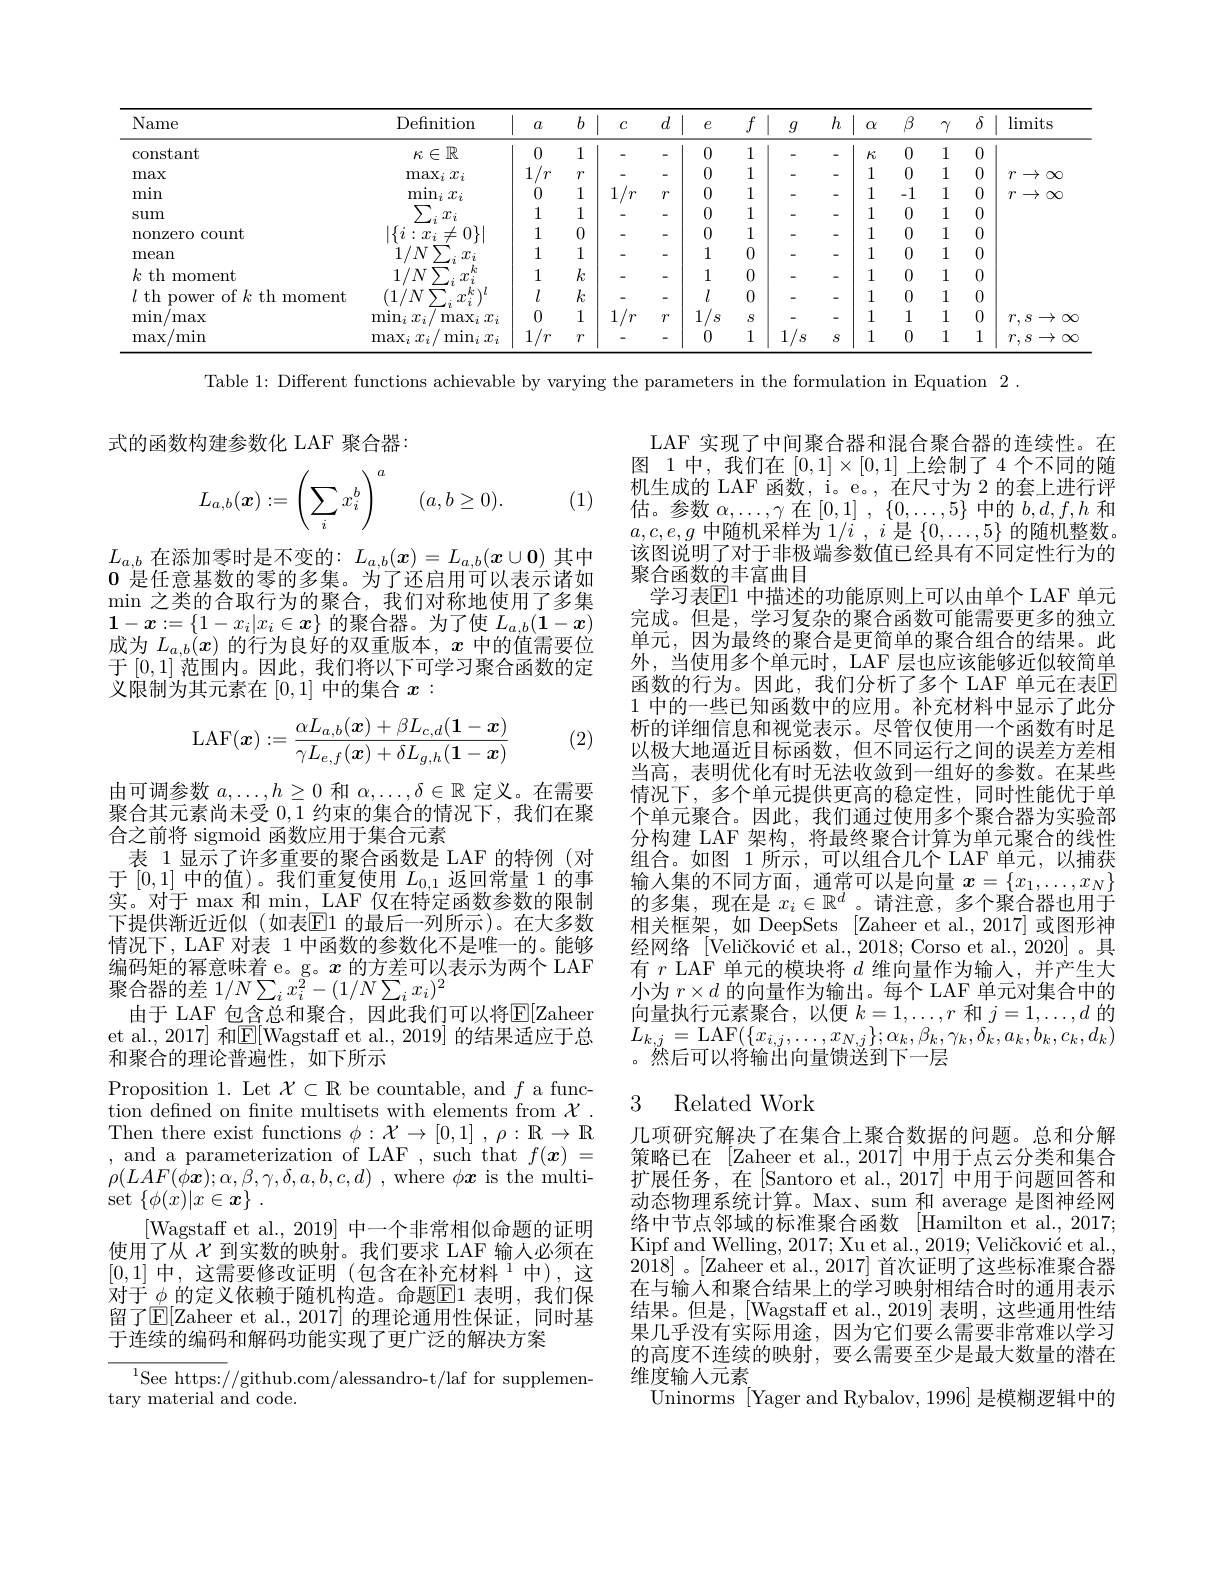
<table>
	<tbody>
		<tr>
			<th>Name</th>
			<th>Definition</th>
			<th>1 $a$</th>
			<th>$b$ 1</th>
			<th>$C$</th>
			<th>$d$ 1</th>
			<th>$e$</th>
			<th>$f$ 1</th>
			<th>1 $g$</th>
			<th>$g$</th>
			<th>$h$</th>
			<th>1 $\alpha$</th>
			<th>$\beta$</th>
			<th>$\gamma$</th>
			<th>$\delta$</th>
			<th>$\lim$ts</th>
		</tr>
		<tr>
			<td>constant</td>
			<td>$\kappa\in\mathbb{R}$</td>
			<td>0</td>
			<td>1 1</td>
			<td> </td>
			<td>1 </td>
			<td>0</td>
			<td>1 1</td>
			<td>1</td>
			<td> </td>
			<td>-</td>
			<td>1 $Ki$</td>
			<td>0</td>
			<td>1</td>
			<td>0</td>
			<td> </td>
		</tr>
		<tr>
			<td>max</td>
			<td>$\max_{i}x_{i}$</td>
			<td>1 $r$</td>
			<td>$\gamma$</td>
			<td>-</td>
			<td>-</td>
			<td>0</td>
			<td>1</td>
			<td>-</td>
			<td>-</td>
			<td>-</td>
			<td>1</td>
			<td>0</td>
			<td>1</td>
			<td>0</td>
			<td>$T^{*}$ $\rightarrow$ $\infty$ </td>
		</tr>
		<tr>
			<td>min</td>
			<td>$\operatorname*{min}_ix_i$</td>
			<td>0</td>
			<td>1</td>
			<td>1 $r$</td>
			<td>$\mathcal{T}$</td>
			<td>0</td>
			<td>1</td>
			<td>-</td>
			<td>-</td>
			<td>-</td>
			<td>1</td>
			<td>1 </td>
			<td>1</td>
			<td>0</td>
			<td>$T^{*}$ $\rightarrow$ $\infty$ </td>
		</tr>
		<tr>
			<td>sum</td>
			<td>$\sum$ $x_i$</td>
			<td>1</td>
			<td>1</td>
			<td> </td>
			<td>-</td>
			<td>0</td>
			<td>1</td>
			<td> </td>
			<td> </td>
			<td>-</td>
			<td>1</td>
			<td>0</td>
			<td>1</td>
			<td>0</td>
			<td> </td>
		</tr>
		<tr>
			<td>nonzero count</td>
			<td>$\{i:x_{i}$ $\neq$ $:0\}$</td>
			<td>1</td>
			<td>0</td>
			<td> </td>
			<td>-</td>
			<td>0</td>
			<td>1</td>
			<td>-</td>
			<td> </td>
			<td>-</td>
			<td>1</td>
			<td>0</td>
			<td>1</td>
			<td>0</td>
			<td> </td>
		</tr>
		<tr>
			<td>mean</td>
			<td>$1/N$</td>
			<td>1</td>
			<td>1</td>
			<td> </td>
			<td></td>
			<td>1</td>
			<td>0</td>
			<td>-</td>
			<td> </td>
			<td>-</td>
			<td>1</td>
			<td>0</td>
			<td>1</td>
			<td>0</td>
			<td> </td>
		</tr>
		<tr>
			<td>$k$th $\therefore\angle AB=\angle AB=\angle AB=\angle AB$ moment</td>
			<td>$1/N$</td>
			<td>1</td>
			<td>$k$</td>
			<td> </td>
			<td>-</td>
			<td>1</td>
			<td>0</td>
			<td>-</td>
			<td> </td>
			<td>-</td>
			<td>1</td>
			<td>0</td>
			<td>1</td>
			<td>0</td>
			<td> </td>
		</tr>
		<tr>
			<td>$l$th 11 DOWer of $k$ th 1 moment</td>
			<td>1</td>
			<td>$l$</td>
			<td>$k$</td>
			<td> </td>
			<td>-</td>
			<td>$l$</td>
			<td>0</td>
			<td>-</td>
			<td> </td>
			<td>-</td>
			<td>1</td>
			<td>0</td>
			<td>1</td>
			<td>0</td>
			<td> </td>
		</tr>
		<tr>
			<td>$\operatorname*{min/max}$</td>
			<td>$\operatorname*{min}_{i}x_{i}$ $\max_{i}x_{i}$</td>
			<td>0</td>
			<td>1</td>
			<td>1 $r$</td>
			<td>$\mathcal{T}$</td>
			<td>1 $S$</td>
			<td>$S$</td>
			<td>-</td>
			<td>-</td>
			<td>-</td>
			<td>1</td>
			<td>1</td>
			<td>1</td>
			<td>0</td>
			<td>$T^{*}$ $,S$ $\rightarrow$ </td>
		</tr>
		<tr>
			<td>$^{/}$min max</td>
			<td>$\max_{i}x_{i}$ $\operatorname*{min}_{i}x_{i}$</td>
			<td>1 $r$</td>
			<td>$\mathcal{T}$</td>
			<td> </td>
			<td>-</td>
			<td>0</td>
			<td>1</td>
			<td>1 $S$</td>
			<td>1 $S$ </td>
			<td>$S$</td>
			<td>1</td>
			<td>0</td>
			<td>1</td>
			<td>1</td>
			<td>$\mathcal{T}$, $\therefore S$ $\rightarrow$ $\mathbf{X}$</td>
		</tr>
	</tbody>
</table>

Table 1: Different functions achievable by varying the parameters in the formulation in Equation 2.

式的函数构建参数化 LAF 聚合器：
$$L_{a,b}(\boldsymbol{x}):=\left(\sum_ix_i^b\right)^a\quad(a,b\ge0).$$
(1)

$L_{a,b}$在添加零时是不变的：$L_a,b(\boldsymbol{x})=L_{a,b}(\boldsymbol{x}\cup\boldsymbol{0})$其中0是任意基数的零的多集。为了还启用可以表示诸如$\min$之类的合取行为的聚合，我们对称地使用了多集$1-x:=\{1-x_i|x_i\in\boldsymbol{x}\}$的聚合器。为了使$L_a,b(\mathbf{1}-\boldsymbol{x})$ 成为$L_{a,b}(\boldsymbol{x})$的行为良好的双重版本，$x$中的值需要位于[0,1]范围内。因此，我们将以下可学习聚合函数的定义限制为其元素在[0,1] 中的集合 $x:$

(2)
$$\mathrm{LAF}(\boldsymbol{x}):=\frac{\alpha L_{a,b}(\boldsymbol{x})+\beta L_{c,d}(\boldsymbol{1}-\boldsymbol{x})}{\gamma L_{e,f}(\boldsymbol{x})+\delta L_{g,h}(\boldsymbol{1}-\boldsymbol{x})}$$
LAF 实现了中间聚合器和混合聚合器的连续性。在图 1中，我们在$[0,1]\times[0,1]$上绘制了 4 个不同的随机生成的 LAF 函数，i。e。, 在尺寸为 2 的套上进行评估。参数$\alpha,\ldots,\gamma$在[0,1] , $\{ 0, \ldots , 5\}$中的$b,d,f,h$和$a,c,e,g$中随机采样为 1/i , $i$是$\{0,\ldots,5\}$的随机整数。该图说明了对于非极端参数值已经具有不同定性行为的聚合函数的丰富曲目
学习表$\boxed{\mathrm{E}}1$ 中描述的功能原则上可以由单个 LAF 单元完成。但是，学习复杂的聚合函数可能需要更多的独立单元，因为最终的聚合是更简单的聚合组合的结果。此外，当使用多个单元时，LAF 层也应该能够近似较简单函数的行为。因此，我们分析了多个 LAF 单元在表$\overline{\mathrm{E}}$ 1中的一些已知函数中的应用。补充材料中显示了此分析的详细信息和视觉表示。尽管仅使用一个函数有时足以极大地逼近目标函数，但不同运行之间的误差方差相当高，表明优化有时无法收敛到一组好的参数。在某些情况下，多个单元提供更高的稳定性，同时性能优于单个单元聚合。因此，我们通过使用多个聚合器为实验部分构建 LAF 架构，将最终聚合计算为单元聚合的线性组合。如图 1 所示，可以组合几个 LAF 单元，以捕获输入集的不同方面，通常可以是向量$x=\{x_1,\ldots,x_N\}$ 的多集，现在是$x_i\in\mathbb{R}^d$。请注意，多个聚合器也用于相关框架，如 DeepSets [Zaheer et al.,2017]或图形神经网络 [Veličković et al., 2018; Corso et al., 2020]。具有$r$ LAF 单元的模块将$d$维向量作为输入，并产生大小为$r\times d$的向量作为输出。每个 LAF 单元对集合中的向量执行元素聚合，以便$k=1,\ldots,r$和$j=1,\ldots,d$的$\begin{array}{l}{L_{k,j}=\mathrm{LAF}(\{x_{i,j},\ldots,x_{N,j}\};\alpha_{k},\beta_{k},\gamma_{k},\delta_{k},a_{k},b_{k},c_{k},d_{k})}\\{L_{k,j}=\mathrm{LAF}(\{x_{i,j},\ldots,x_{N,j}\};\alpha_{k},\beta_{k},\gamma_{k},\delta_{k},a_{k},b_{k},c_{k},d_{k})}\end{array}$ 。然后可以将输出向量馈送到下一层

由可调参数$a,\ldots,h\geq0$和$\alpha,\ldots,\delta\in\mathbb{R}$定义。在需要聚合其元素尚未受0，1约束的集合的情况下，我们在聚合之前将 sigmoid 函数应用于集合元素
表 1显示了许多重要的聚合函数是 LAF 的特例(对于[0,1]中的值)。我们重复使用$L_0,1$返回常量 1 的事实。对于 max 和 min, LAF 仅在特定函数参数的限制下提供渐近近似(如表[E]1 的最后一列所示)。在大多数情况下，LAF 对表 1 中函数的参数化不是唯一的。能够编码矩的幂意味着 e。g。$x$的方差可以表示为两个 LAF 聚合器的差$1/N\sum_ix_i^2-(1/N\sum_ix_i)^2$
由于 LAF 包含总和聚合，因此我们可以将$\overline{\mathrm{E}}[$Zaheer et al., 2017] 和$\overline{\mathrm{E}}[$Wagstaff et al., 2019] 的结果适应于总和聚合的理论普遍性，如下所示
Proposition 1. Let $\mathcal{X}\subset\mathbb{R}$ be countable, and $f$ a function defined on finite multisets with elements from $\mathcal{X}.$ $\begin{array}{l}{\mathrm{Then~there~exist~functions~}\phi:\mathcal{X}\to[0,1]~,~\rho:~\mathbb{R}\to~\mathbb{R}}\\{,~\mathrm{and~a~parameterization~of~LAF~,~such~that~}f(\boldsymbol{x})~=}\end{array}$ $\rho ( LAF( \dot{\phi } \boldsymbol{x}) ; \alpha , \beta , \gamma , \delta , a, b, c, d)$ , where $\phi\boldsymbol x$ is the multi- $\operatorname{set}\left\{\phi(x)|x\in\boldsymbol{x}\right\}.$
[Wagstaff et al., 2019] 中一个非常相似命题的证明使用了从$\chi$到实数的映射。我们要求 LAF 输入必须在[0,1] 中，这需要修改证明 (包含在补充材料$^1$中),这对于$\phi$的定义依赖于随机构造。命题$\boxed{\mathrm{F}}1$表明，我们保留了$\mathbb{E}[$Zaheer et al.,2017] 的理论通用性保证，同时基于连续的编码和解码功能实现了更广泛的解决方案
$^{1}$See https://github.com/alessandro-t/laf for supplemen-

## 3 Related Work

几项研究解决了在集合上聚合数据的问题。总和分解策略已在 [Zaheer et al., 2017] 中用于点云分类和集合扩展任务，在[Santoro et al., 2017] 中用于问题回答和动态物理系统计算。Max、sum 和 average 是图神经网络中节点邻域的标准聚合函数 [Hamilton et al., 2017; Kipf and Welling, 2017; Xu et al., 2019; Veličković et al. $20\dot{1} 8]$ 。[Zaheer et al., 2017] 首次证明了这些标准聚合器在与输入和聚合结果上的学习映射相结合时的通用表示结果。但是，[Wagstaff et al.,2019] 表明，这些通用性结果几乎没有实际用途，因为它们要么需要非常难以学习的高度不连续的映射，要么需要至少是最大数量的潜在维度输人元素
Uninorms [Yager and Rybalov, 1996] 是模糊逻辑中的

tary material and code.